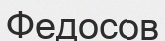
Федосов